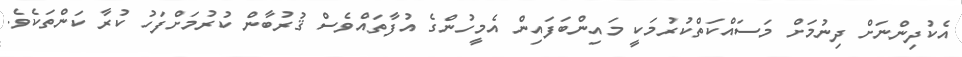
އެކުދިންނަށް ދިނުމަށް މަސައްކަތްކުރުމަކީ މައިންބަފައިން އެމީހުންގެ އުފާތައްވެސް ޤުރުބާން ކުރުމަށްފަހު ކުރާ ކަންތަކެވެ.